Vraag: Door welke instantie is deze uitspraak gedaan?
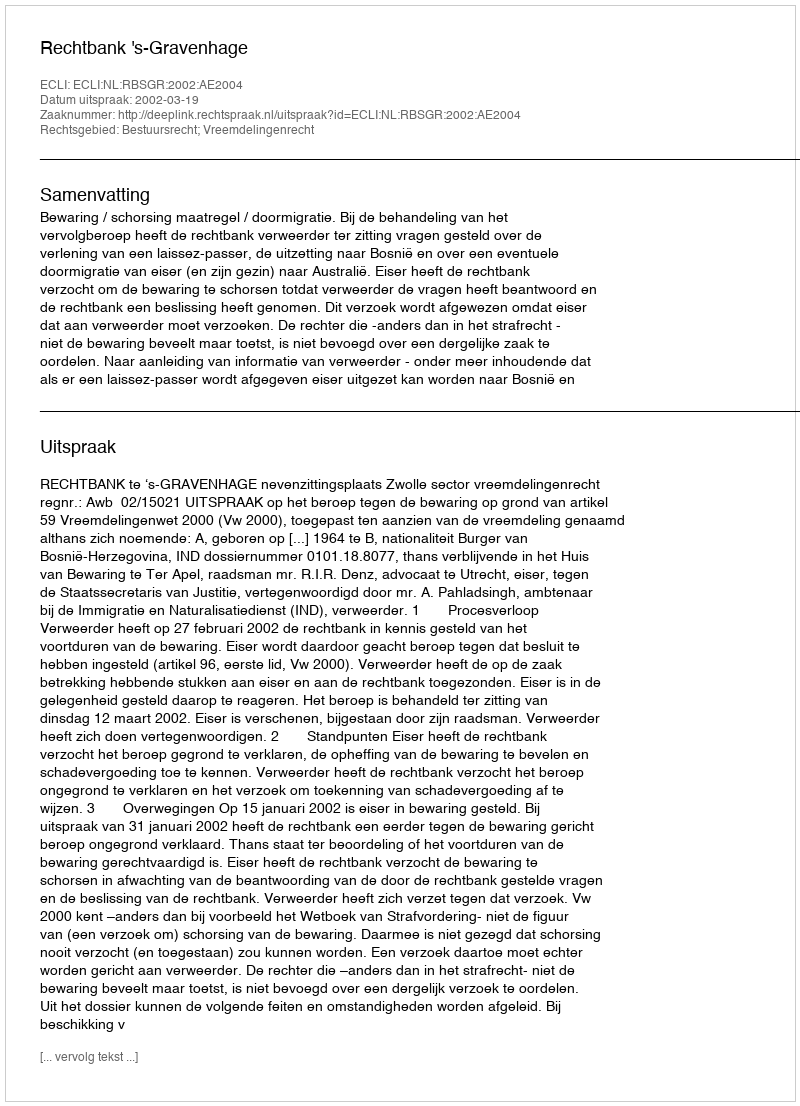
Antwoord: Rechtbank 's-Gravenhage